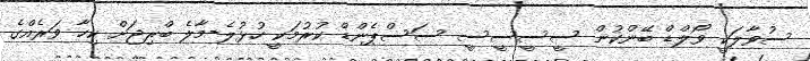
ސުވާލަކީ ވޯލްޑް ބޭންކުން ސީސީސީސީ ސަސްޕެންޑް ކުރުމަކީ ހުޅުލެ-މާލެ ބްރިޖަށް ކިހާ ވަރެއްގެ